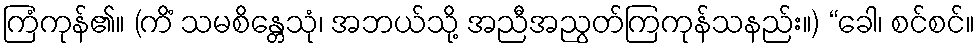
ကြံကုန်၏။ (ကိံ သမစိန္တေသုံ၊ အဘယ်သို့ အညီအညွတ်ကြကုန်သနည်း။) “ခေါ၊ စင်စင်။